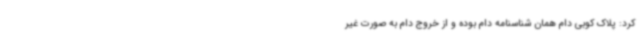
کرد: پلاک کوبی دام همان شناسنامه دام بوده و از خروج دام به صورت غیر